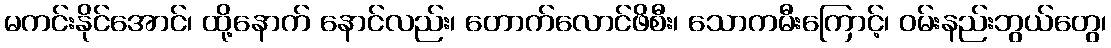
မကင်းနိုင်အောင်၊ ထို့နောက် နောင်လည်း၊ တောက်လောင်ဖိစီး၊ သောကမီးကြောင့်၊ ဝမ်းနည်းဘွယ်တွေ၊